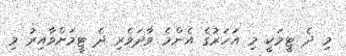
މި ދެ ޓީމަކީ މި އަހަރުގެ އެންމެ ވާދަވެރި ދެ ޓީމަށްވާއިރު މި